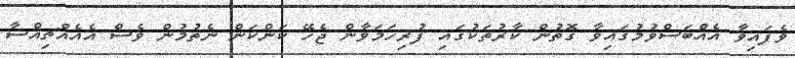
ވެފައިވާ އެއްބަސްވުމުގައިވާ ގޮތުން ކާރުތަކުގައި ފުރިހަމަވާން ޖެހޭ ކަންކަން ނެތުމުން ވެސް އެއެއްޗިއްސާ